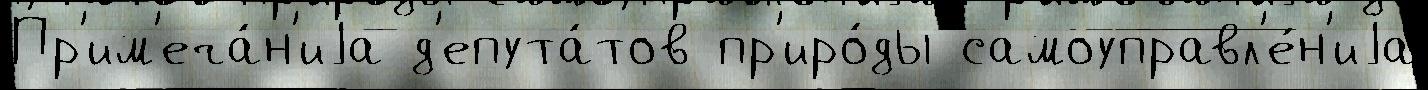
Пр'им'еча́н'иjа д'епута́тов пр'иро́ды самоуправл'е́н'иjа